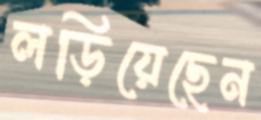
লড়িয়েছেন